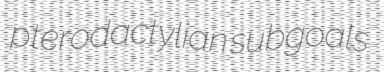
pterodactylian subgoals